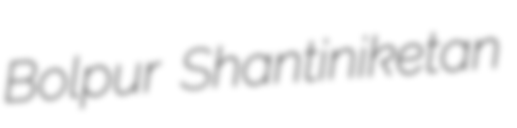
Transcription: Bolpur Shantiniketan